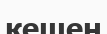
кешен